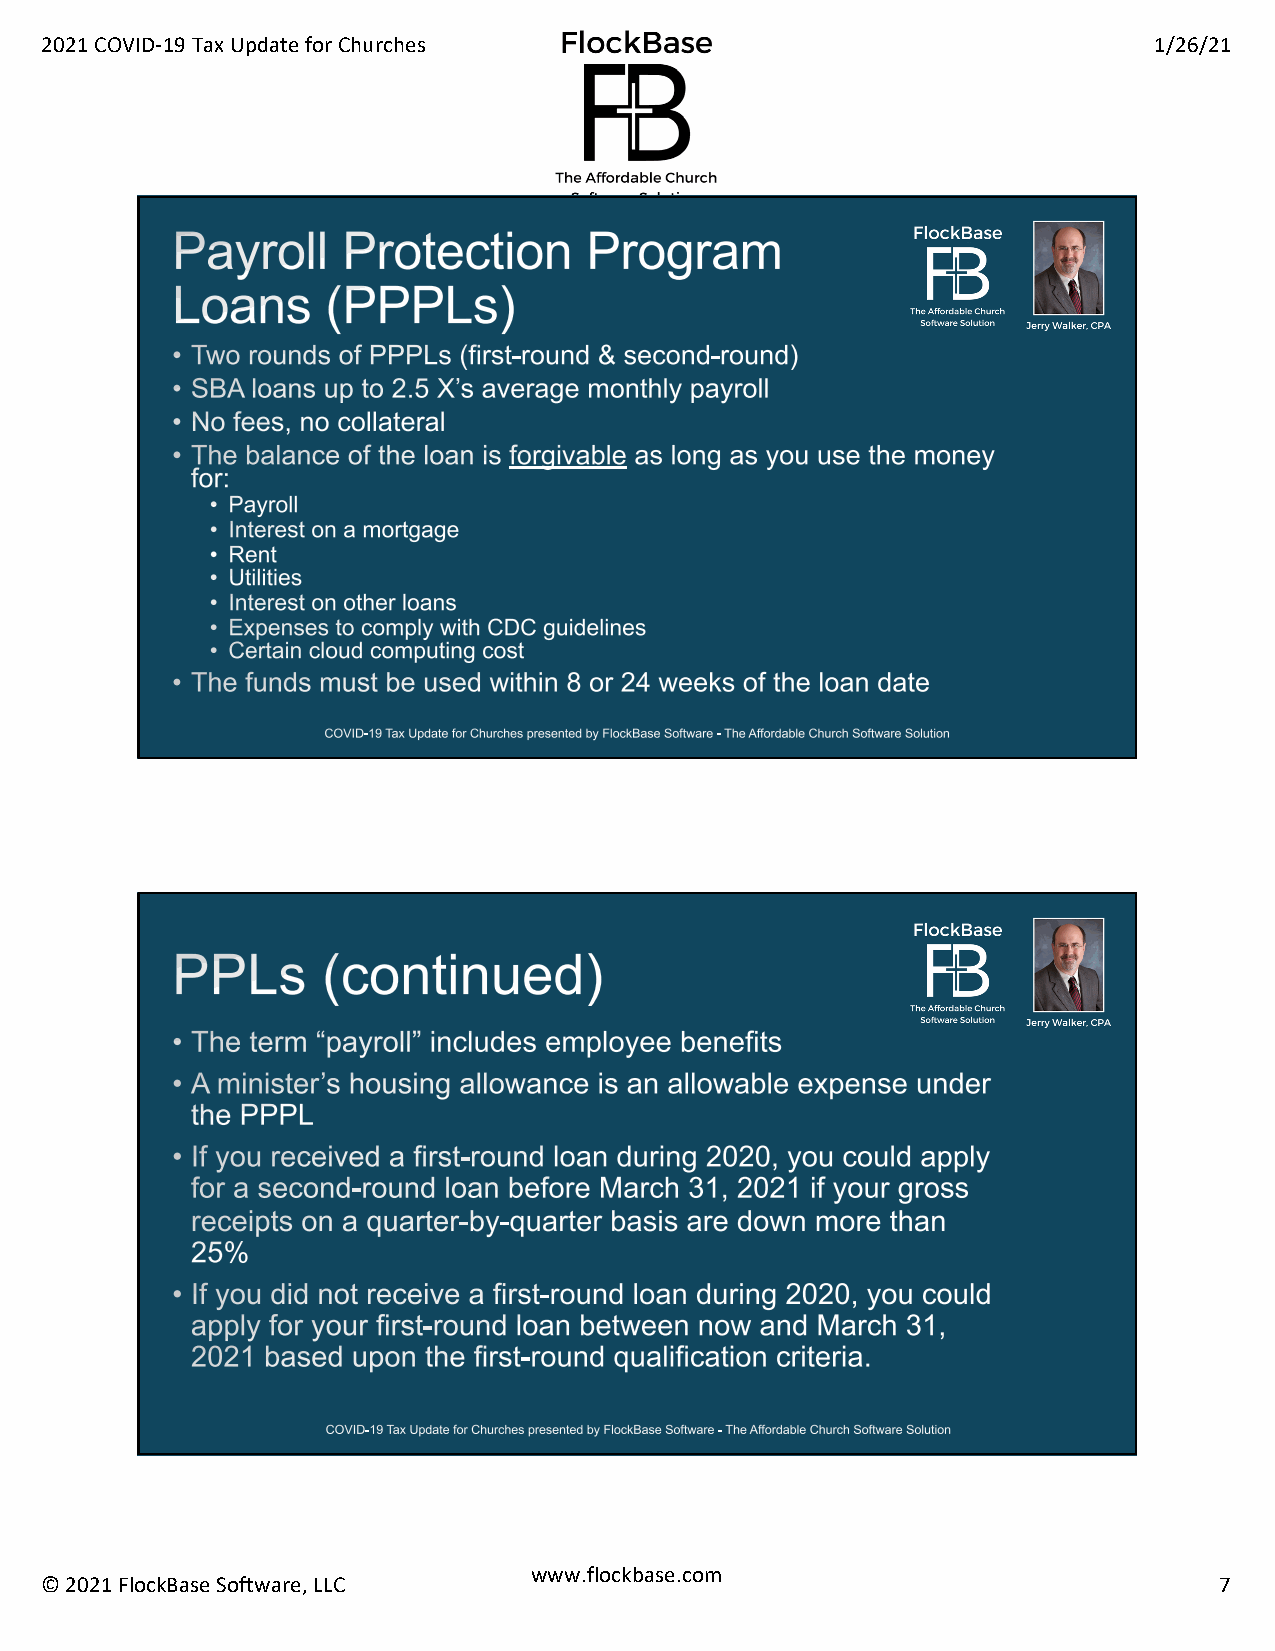
2021 COVID-19 Tax Update for Churches                                    1/26/21
 www.flockbase.com
 © 2021 FlockBase Software, LLC                                                7